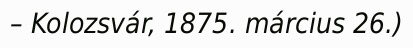
– Kolozsvár, 1875. március 26.)